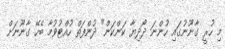
މި ހުރީ ގާނޫނުގައި ހުންނަ ދޯދިޔާ ކަންކަން" ދުންފަތް ހުއްޓުވުމާ ބެހޭ ގާނޫނަށް